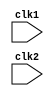
module pipe_MIPS32 (clk1, clk2);
    
    input clk1, clk2;               //Two-Phase Clock

    reg [31:0] PC, IF_ID_IR, IF_ID_NPC;
    reg [31:0] ID_EX_IR, ID_EX_NPC, ID_EX_A, ID_EX_B, ID_EX_Imm;
    reg [2:0]  ID_EX_type, EX_MEM_type, MEM_WB_type;
    reg [31:0] EX_MEM_IR, EX_MEM_ALUOut, EX_MEM_B;
    reg        EX_MEM_cond;
    reg [31:0] MEM_WB_IR, MEM_WB_ALUOut, MEM_WB_LMD;

    reg [31:0] Reg [0:31];          //Register Bank (32 X 32)
    reg [31:0] Mem [0:1023];        //1024 X 32 Memory

    parameter ADD=6'b000000, SUB=6'b000001, AND=6'b000010, OR=6'b000011, SLT=6'b000100;
    parameter MUL=6'b000101, HLT=6'b111111,LW=6'b001000, SW=6'b00101, ADDI=6'b001010;
    parameter SUBI=6'b001011, SLTI=6'b001100, BNEQZ=6'b001101, BEQZ=6'b001110;

    parameter RR_ALU=3'b000, RM_ALU=3'b001, LOAD=3'b010, STORE=3'b011;
    parameter BRANCH=3'b100, HALT=3'b101;

    reg HALTED;                    
        //Set after HLT instruction is completed (WB Stage)
    reg TAKEN_BRANCH;
        // Required to disable instructions after branch

    always @(posedge clk1 )          //***IF Stage***
        if(HALTED==0)
        begin
           if(((EX_MEM_IR[31:26] == BEQZ)&&(EX_MEM_cond==1)) || ((EX_MEM_IR[31:26] == BNEQZ)&& (EX_MEM_cond ==0)))
           begin
            IF_ID_IR <= #2 Mem[EX_MEM_ALUOut];
            TAKEN_BRANCH <= #2 1'b1;
            IF_ID_NPC <= #2 EX_MEM_ALUOut+1;
            PC <= #2 EX_MEM_ALUOut+1;
           end
           else
            begin
                IF_ID_IR <= #2 Mem[PC];
                IF_ID_NPC <= #2 PC+1;
                PC <= #2 PC+1;
            end    
        end    

    always @(posedge clk2)          //ID Stage
        if (HALTED==0)
        begin
            if(IF_ID_IR[25:21]==5'b00000) ID_EX_A <= #2 0;  // rs
            else ID_EX_A <= #2 Reg[IF_ID_IR[25:21]];   

            if(IF_ID_IR[20:16]==5'b00000) ID_EX_B <= #2 0;  // rt
            else ID_EX_B <= #2 Reg[IF_ID_IR[20:16]];   

            ID_EX_NPC <= #2 IF_ID_NPC;
            ID_EX_IR  <= #2 IF_ID_IR;
            ID_EX_Imm <= #2 {{16{IF_ID_IR[15]}}, {IF_ID_IR[15:0]}};

            case( IF_ID_IR[31:26])
              ADD,SUB,MUL,AND,OR,SLT: ID_EX_type <= #2 RR_ALU;
              ADDI,SUBI,SLTI:         ID_EX_type <= #2 RM_ALU;
              LW:                     ID_EX_type <= #2 LOAD;
              SW:                     ID_EX_type <= #2 STORE;
              BNEQZ,BEQZ:             ID_EX_type <= #2 BRANCH;
              HLT:                    ID_EX_type <= #2 HALT;
              default:                ID_EX_type <= #2 HALT;     //Inavlid Operation
            endcase
        end
 
    always @(posedge clk1)              // EX Stage
        if(HALTED==0)
        begin
            EX_MEM_type <= #2 ID_EX_type;
            EX_MEM_IR   <= #2 ID_EX_IR;
            TAKEN_BRANCH<= #2 0;

            case (ID_EX_type)
              RR_ALU: begin
                        case(ID_EX_IR[31:26])
                          ADD:   EX_MEM_ALUOut <= #2 ID_EX_A + ID_EX_B;
                          SUB:   EX_MEM_ALUOut <= #2 ID_EX_A - ID_EX_B;
                          MUL:   EX_MEM_ALUOut <= #2 ID_EX_A * ID_EX_B;
                          OR :   EX_MEM_ALUOut <= #2 ID_EX_A | ID_EX_B;
                          AND:   EX_MEM_ALUOut <= #2 ID_EX_A & ID_EX_B;
                          SLT:   EX_MEM_ALUOut <= #2 ID_EX_A < ID_EX_B;
                          default:   EX_MEM_ALUOut <= #2 32'hxxxxxxxx;
                        endcase
                       end   

              RM_ALU:  begin
                         case(ID_EX_IR[31:26])
                           ADDI:   EX_MEM_ALUOut <= #2 ID_EX_A + ID_EX_Imm;
                           SUBI:   EX_MEM_ALUOut <= #2 ID_EX_A - ID_EX_Imm;
                           SLTI:   EX_MEM_ALUOut <= #2 ID_EX_A < ID_EX_Imm;
                           default:   EX_MEM_ALUOut <= #2 32'hxxxxxxxx;
                         endcase
                       end

              LOAD, STORE:  begin
                             EX_MEM_ALUOut <= #2 ID_EX_A + ID_EX_Imm;
                             EX_MEM_B      <= #2 ID_EX_B;
                            end

               BRANCH: begin
                        EX_MEM_ALUOut <= #2 ID_EX_NPC + ID_EX_Imm;               
                        EX_MEM_cond   <= #2 (ID_EX_A==0);
                       end
            endcase
        end   

    always @(posedge clk2)                        //MEM Stage
        if(HALTED==0)
        begin
          MEM_WB_type <= #2 EX_MEM_type;
          MEM_WB_IR   <= #2 EX_MEM_IR;

        case(EX_MEM_type)
            RR_ALU, RM_ALU:
                     MEM_WB_ALUOut <= #2 EX_MEM_ALUOut;
            
            LOAD:    MEM_WB_LMD    <= #2 Mem[EX_MEM_ALUOut]; 

            STORE:  if(TAKEN_BRANCH == 0)        //Disable Write    
                      Mem[EX_MEM_ALUOut] <= #2 EX_MEM_B;

        endcase           
        end  

    always @(posedge clk1)              // WB Stage
        begin
        if(TAKEN_BRANCH == 0)           // Disable Write if branch taken 
           case(MEM_WB_type)
           RR_ALU:   Reg[MEM_WB_IR[15:11]] <= #2 MEM_WB_ALUOut;    // "rd"
           RM_ALU:   Reg[MEM_WB_IR[20:16]] <= #2 MEM_WB_ALUOut;    // "rt"
           
           LOAD:     Reg[MEM_WB_IR[20:16]] <= #2 MEM_WB_LMD;       // "rt"
           HALT:     HALTED <= #2 1'b1;
           endcase
        end    

endmodule